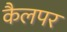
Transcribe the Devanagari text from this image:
कैलपर